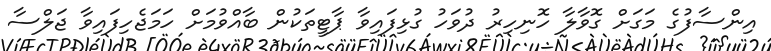
އިންސާފުގެ މަގަށް ގޮވާލާ ހޮނިހިރު ދުވަހު ގުޅިފައިވާ ޕާޓީތަކުން ބާއްވުމަށް ހަމަޖެހިފައިވާ ޖަލްސާ